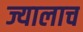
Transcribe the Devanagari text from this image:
ज्यालाच